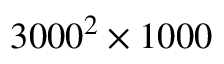
3 0 0 0 ^ { 2 } \times 1 0 0 0